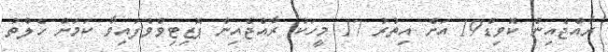
ރާއްޖެއިން ކޮވިޑް19 އަށް އިތުރު 17 މީހަކު ރާއްޖެއިން ޕޮޒިޓިވްވެފައިވާ ކަމަށް ހެލްތު